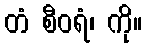
တံ စီဝရံ၊ ကို။